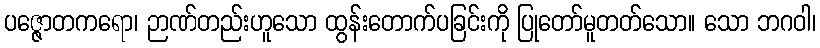
ပဇ္ဇောတကရော၊ ဉာဏ်တည်းဟူသော ထွန်းတောက်ပခြင်းကို ပြုတော်မူတတ်သော။ သော ဘဂဝါ၊